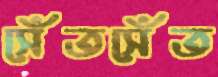
সেঁতসেঁত